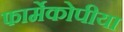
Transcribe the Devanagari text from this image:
फार्मेकोपीया